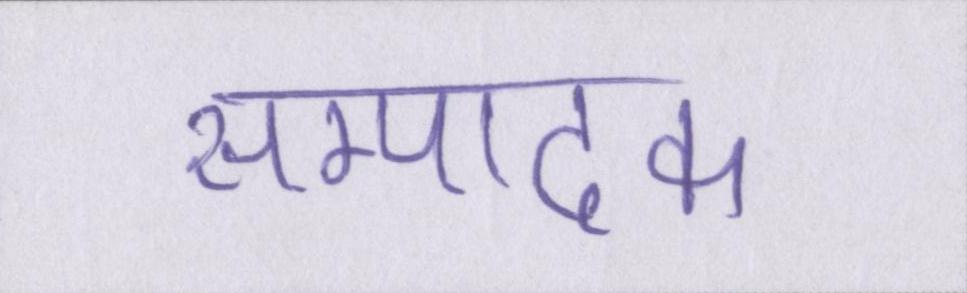
सम्पादक